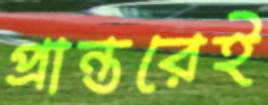
প্রান্তরেই